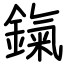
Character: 鎎